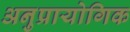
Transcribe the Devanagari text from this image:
अनुप्रायोगिक